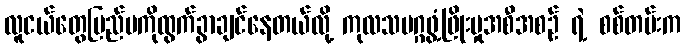
လူငယ်တွေပြည်ပကိုထွက်ခွာချင်နေတယ်လို့ ကုလသမဂ္ဂဖွံ့ဖြိုးမှုအစီအစဉ် ရဲ့ စစ်တမ်းက